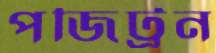
পজিট্রন